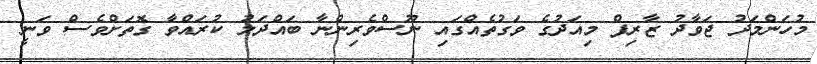
މުހަންމަދު ޖަވާދު ޒާރިފް މިއަދުގެ ވަގުތެއްގައި ނޫސްވެރިންނާ ބައްދަލު ކުރައްވާ ގޮތަށްވެސް ވަނީ